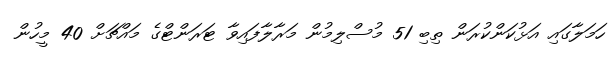
ހަމަލާގައި އަޅުކަންކުރަން ތިބި 51 މުސްލިމުން މަރާލާފައިވާ ޓަރަންޓްގެ މައްޗަށް 40 މީހުން